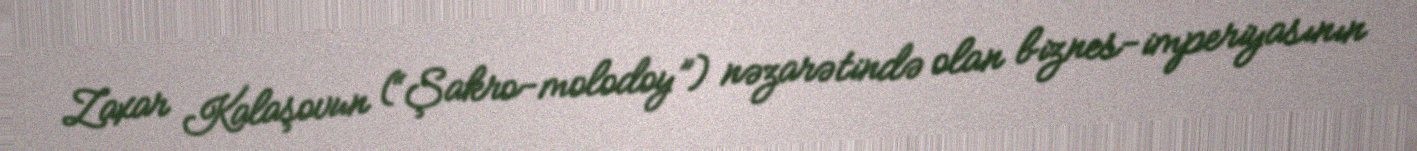
Zaxar Kalaşovun (“Şakro-molodoy”) nəzarətində olan biznes-imperiyasının